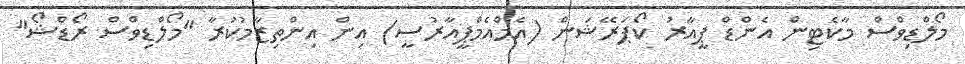
މޯލްޑިވްސް މާކެޓިން އެންޑް ޕީއާރު ކޯޕަރޭޝަން (އެމްއެމްޕީއާރުސީ) އިން އިންތިޒާމުކުރާ "މޯލްޑިވްސް ރޯޑްޝޯ"